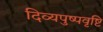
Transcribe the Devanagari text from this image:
दिव्यपुष्पवृष्टि